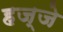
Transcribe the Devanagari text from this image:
हज्जे